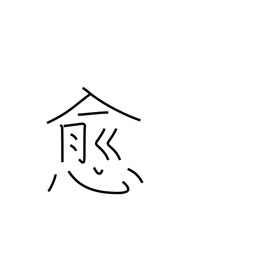
Meaning: beyond doubt